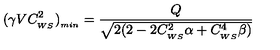
( \gamma V C _ { _ { W S } } ^ { 2 } ) _ { _ { m i n } } = \frac { Q } { \sqrt { 2 ( 2 - 2 C _ { _ { W S } } ^ { 2 } \alpha + C _ { _ { W S } } ^ { 4 } \beta ) } }